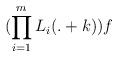
LaTeX: \begin{align*}(\prod_{i=1}^m L_i(.+k))f \end{align*}